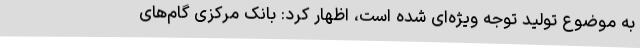
به موضوع تولید توجه ویژه‌ای شده است، اظهار کرد: بانک مرکزی گام‌های